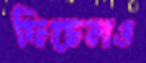
ফিচেলও